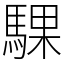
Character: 騍